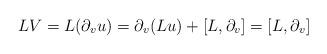
LaTeX: \begin{align*} LV=L(\partial_v u)=\partial_v (Lu)+[L,\partial_v]=[L,\partial_v]\ \end{align*}